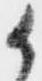
か